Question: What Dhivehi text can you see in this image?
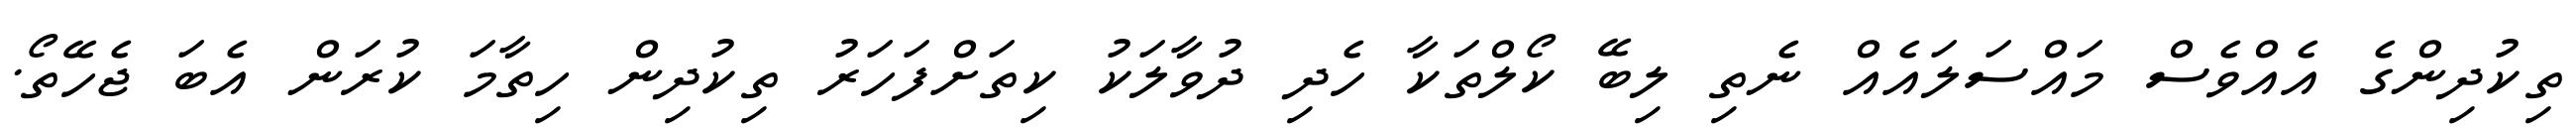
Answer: ތިކުދިންގެ އެއްވެސް މައްސަލައެއް ނެތި ލިބޭ ކޯލްތަކާ ހެދި ދުވާލަކު ކިތަށްފަހަރު ތިކުދިން ހިތާމަ ކުރަން އެބަ ޖެހޭތޯ.